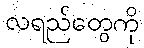
လရည်တွေကို